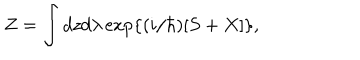
Z = \int d z d \lambda \exp \{ ( i / \hbar ) [ S + X ] \} ,